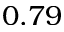
0 . 7 9